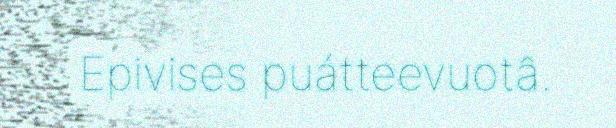
Epivises puátteevuotâ.